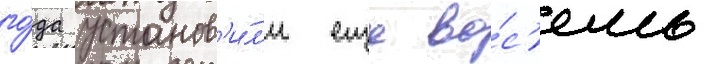
го́да установ'и́л'и еще во́с'емь